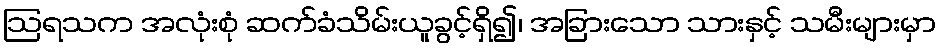
ဩရသက အလုံးစုံ ဆက်ခံသိမ်းယူခွင့်ရှိ၍၊ အခြားသော သားနှင့် သမီးများမှာ